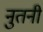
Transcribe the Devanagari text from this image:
नुतनी